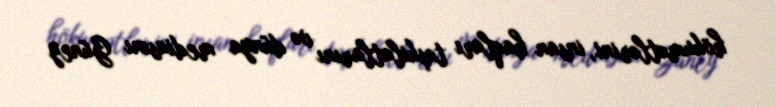
hökumətlərini, insan haqları təşkilatlarını və dünya mediasını Güney